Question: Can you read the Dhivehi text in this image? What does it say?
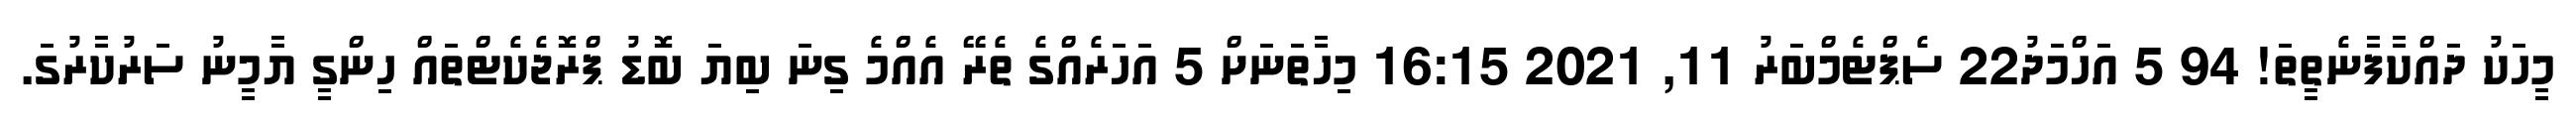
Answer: މީހަކު ދައްކާފާނެތީތަ! 94 5 އަހްމަދު22 ސެޕްޓެމްބަރު 11, 2021 16:15 މިހާތަނަށް 5 އަހަރެއްގެ ތެރޭ އެއްމެ ގިނަ ބިޔަ ބޮޑު ޕްރޮޖެކެޓްތައް ހިންގީ ޔާމީނު ސަރުކާރުގަ.